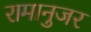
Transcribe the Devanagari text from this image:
रामानुजर